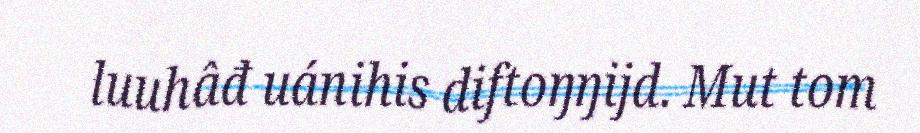
luuhâđ uánihis diftoŋŋijd. Mut tom